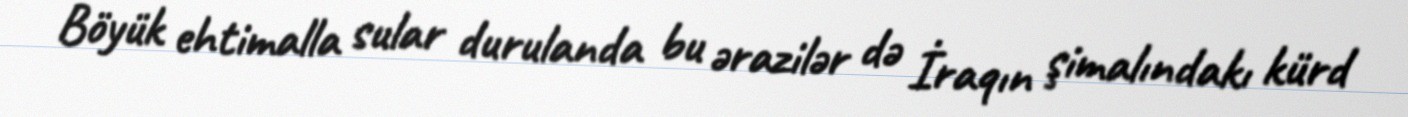
Böyük ehtimalla sular durulanda bu ərazilər də İraqın şimalındakı kürd